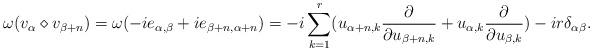
LaTeX: \begin{align*} \omega(v_\alpha \diamond v_{\beta+n})=\omega(-ie_{\alpha,\beta}+ie_{\beta+n,\alpha+n})=-i\sum_{k=1}^{r}(u_{\alpha+n,k}\frac{\partial}{\partial u_{\beta+n,k}}+u_{\alpha,k}\frac{\partial}{\partial u_{\beta,k}})-i r \delta_{\alpha \beta}.\end{align*}